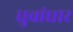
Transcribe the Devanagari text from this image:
धुवांधार